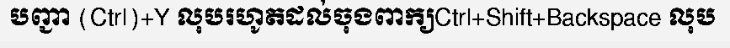
បញ្ជា (Ctrl)+Y លុបរហូតដល់ចុងពាក្យCtrl+Shift+Backspace លុប